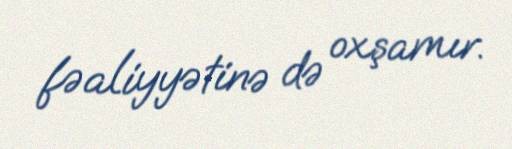
fəaliyyətinə də oxşamır.